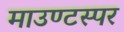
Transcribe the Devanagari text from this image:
माउण्टस्पर